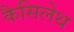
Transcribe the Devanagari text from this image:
कैसिलेथ